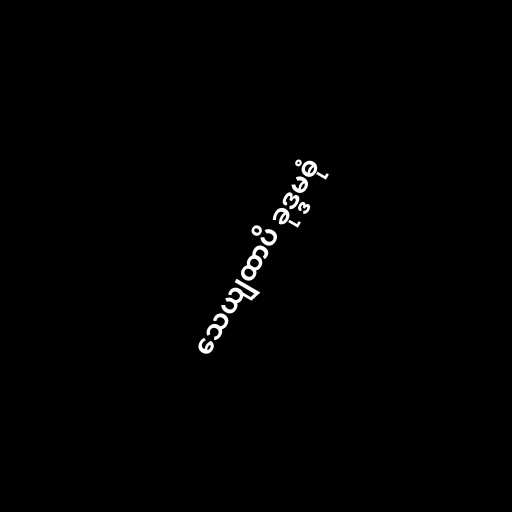
သေယျထာပိ ခုဒ္ဒမဓုံ